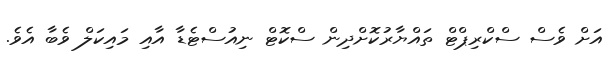
އަށް ވެސް ސްކްރިޕްޓް ތައްޔާރުކޮށްދިން ސްކޮޓް ނިއުސްޓެޑާ އާއި މައިކަލް ވެބާ އެވެ.